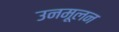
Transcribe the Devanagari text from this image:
उनमूलन